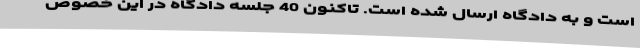
است و به دادگاه ارسال شده است. تاکنون 40 جلسه دادگاه در این خصوص